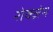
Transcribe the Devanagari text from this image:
रोक्ज़ेन